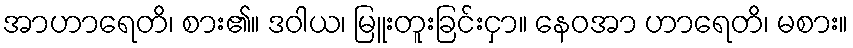
အာဟာရေတိ၊ စား၏။ ဒဝါယ၊ မြူးတူးခြင်းငှာ။ နေဝအာ ဟာရေတိ၊ မစား။